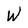
Character: W